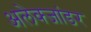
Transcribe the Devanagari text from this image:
अलेक्जांडर